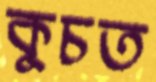
কুচত